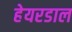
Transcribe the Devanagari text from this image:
हेयरडाल